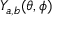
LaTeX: Y _ { a , b } ( \theta , \phi )